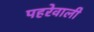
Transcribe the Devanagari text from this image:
पहरेवाली